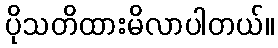
ပိုသတိထားမိလာပါတယ်။